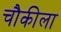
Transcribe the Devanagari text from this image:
चौकीला